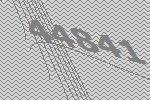
44841